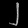
Digit: ၂